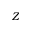
Z